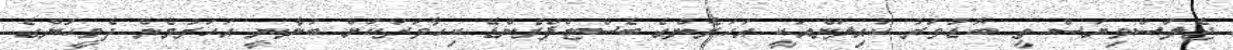
ޖެލަސްވިޔަސް ތީ ބޮޑުވަރު ކައިލަންއަކީ އަހަރެންގެ ބެސްޓްފްރެންޑޭ ކިހާވަރަކަށް ބުނާނީ އަހަރުމެން ދެމީހުންގެ